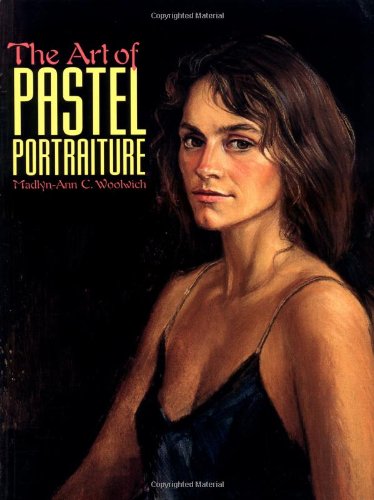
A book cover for The Art of Pastel Portraiture; Madlyn-Ann C. Woolwich; Arts & Photography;